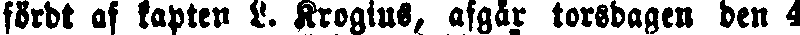
fördt af kapten L. Krogius, afgår torsdagen den 4